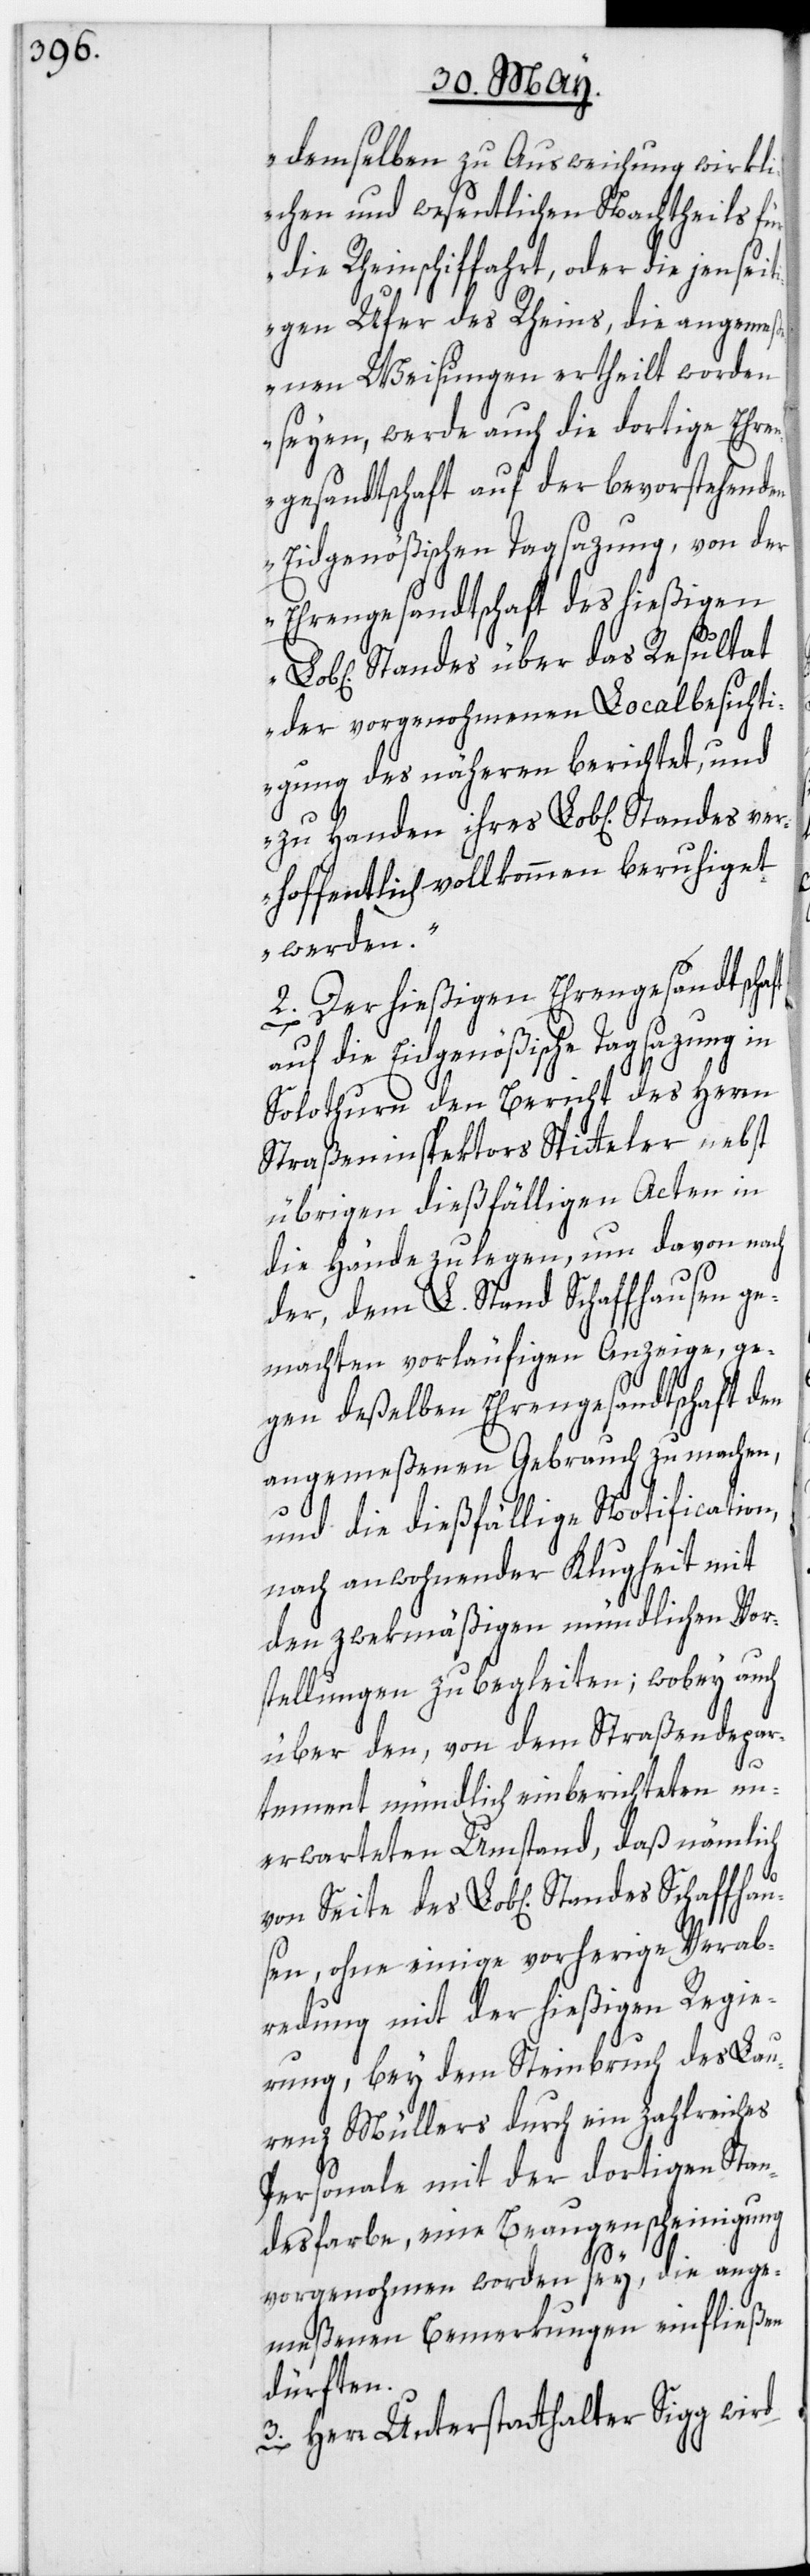
demselben zu Ausweichung wirkli¬
chen und wesentlichen Nachtheils für
die Rheinschiffahrt, oder die jen¬
tigen Ufer des Rheins, die angemeß¬
enen Weisungen ertheilt worden
seyen, werde auch die dortige Ehre¬
ngesandtschaft auf der bevorstehenden
Eidgenößischen Tagsazung, von der
Ehrengesandtschaft des hießigen
Standes über das Resultat
der vorgenohmenen Localbesichti¬
gung des näheren berichtet, und
hoffentlich vollkommen beruhiget
werden.“
2. Der hießigen Ehrengesandtschaft
auf die Eidgenößische Tagsazung in
Solothurn den Bericht des Herrn
Straßeninspektors Spitteler nebst
übrigen dießfälligen Acten in
die Hände zu legen, um davon nach
der, dem L. Stand Schaffhausen ge¬
machten vorläufigen Anzeige, ge¬
gen deßelben Ehrengesandtschaft den
angemeßenen Gebrauch zu machen,
und die dießfällige Notification,
nach anwohnender Klugheit mit
den zwekmäßigen mündlichen Vor¬
stellungen zu begleiten; wobey auch
über den, von dem Straßendepar¬
ver¬
tement mündlich einberichteten un¬
erwarteten Umstand, daß nämlich
von Seite des Lob[lichen] Standes Schaffhau¬
sen, ohne einige vorherige Verab¬
redung mit der hießigen Regie¬
rung, bey dem Steinbruch des Lau¬
renz Müllers durch ein zahlreiches
Personale mit der dortigen Stan¬
desfarbe, eine Beaugenscheinigung
die ange¬
vorgenohmen worden sey,
meßenen Bemerkungen einfließen
dürften.
3. Herr Unterstatthalter Sigg wird